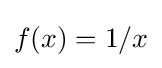
{\textstyle f(x)=1/x}